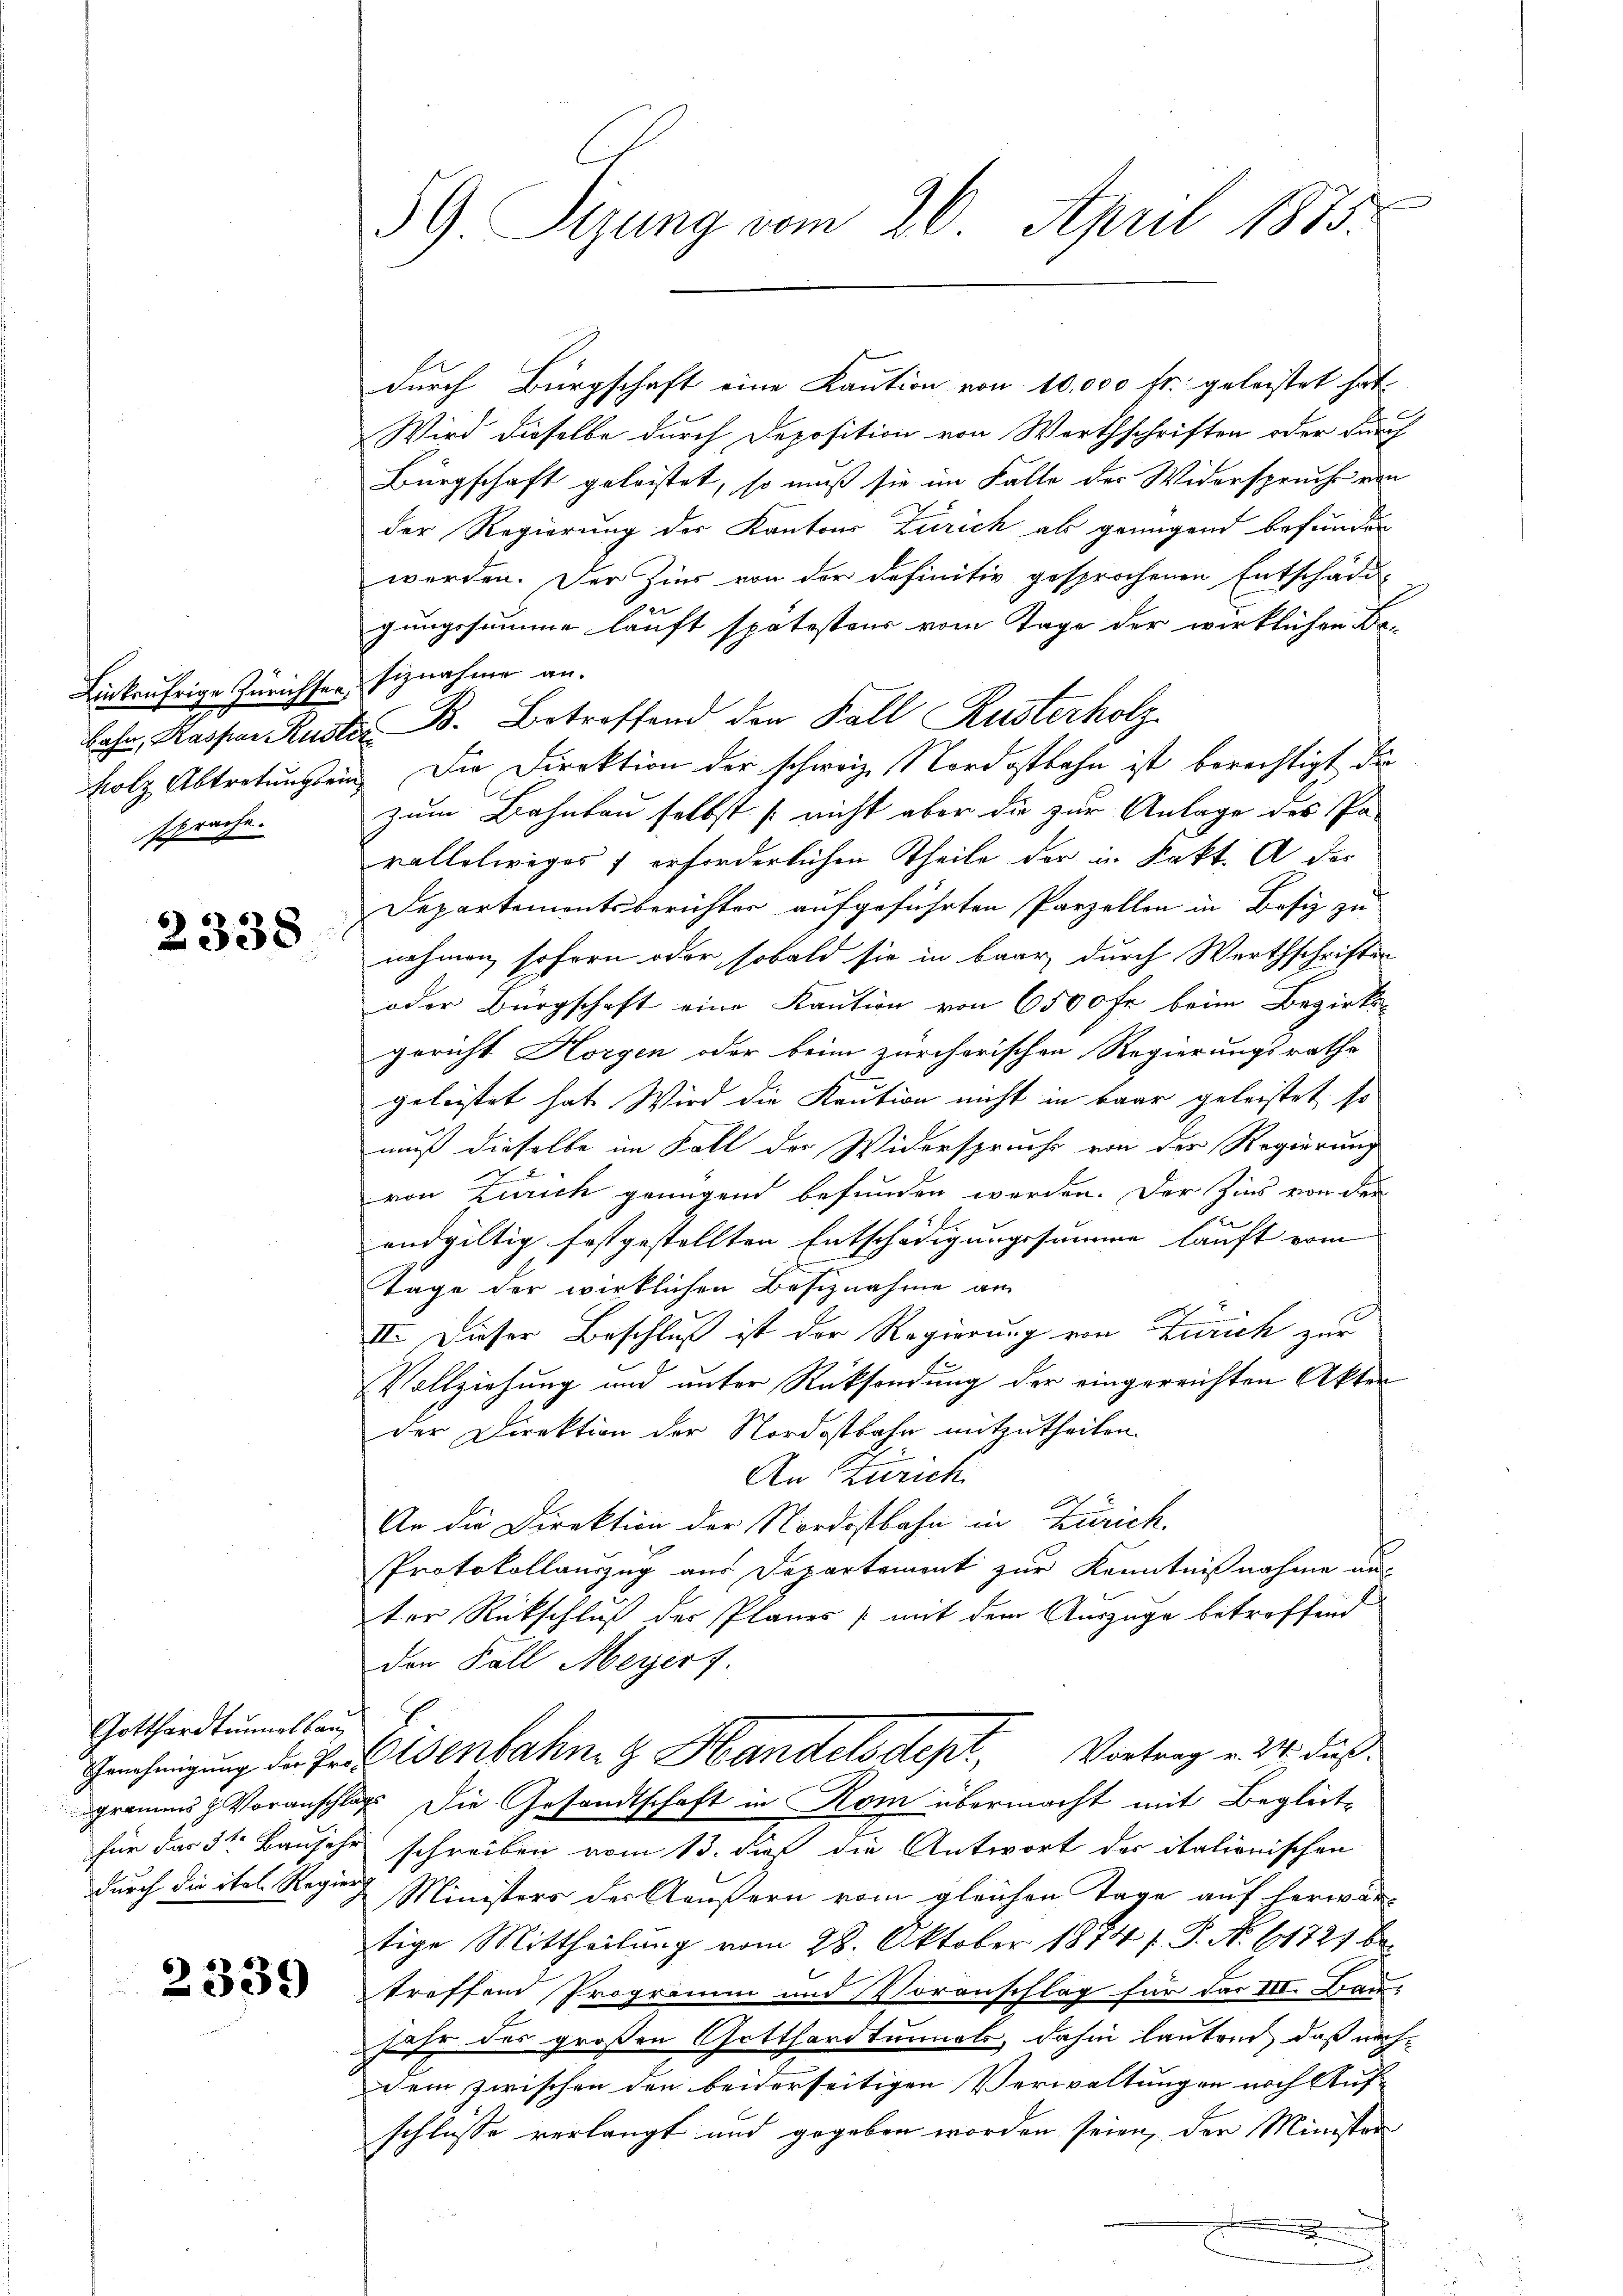
Linkaufrige Zürichten Siznahme an.
bahn, Kaspar Rusti
sprache.

2338

Gotthardtunnelbau

2339

59 Sizung vom 20. April 1875.

durch Bürgschaft eine Kaution von 10,000 fr. geleistet hat
Wird dieselbe durch Deposition von Werthschriften oder durch
Bürgschaft geleistet, so muß sie im Falle der Widerspruche von
der Regierung der Kantons Zürich als genügend befunden
werden. Der Zins von der definitiv gesprochenen Entschädi-
gungssumme lauft spätesteur vom Tage der wirklichen Do¬
B. Betreffend den Fall Rusterholz
E
holz Abtretungsein. Die Direktion der schweiz. Nordostbahn ist berechtigt die
zum Bahnbau selbst nicht aber die zur Anlage des Pavallelweges 1 erforderlichen Theile der in Kakt. A der
Departemontsberichter aufgeführten Parzellen in Besiz zu
nahmen, sofern oder sobald sie in baar durch Werthschriften
oder Bürgschaft eine Kaution von 6500 fr beim Bezirks-
gericht Horgen oder beim zürcherischen Regierungsrathe
d
geleitet hat. Wird die Kaution nicht in baar geleistet, so
muß dieselbe im Fall der Widerspruche von der Regierung
von Zürich genügend befunden werden. Der Zins von der
n
endgültig festgestellten Entschädigungssumme lauft vom
Tage der wirklichen Besiznahme am
x
III. Dieser Beschluß ist der Regierung von Zürich zur
Vollziehung und unter Rücksendung der eingereichten Akten
der Direktion der Nordostbahn mitzutheilen.
An Zürich
An die Direktion der Nordostbahn in Zürich.
Protokollauszug aus Departement zur Kenntnißnahme aus
ter Rückschluß des Planes (mit dem Auszüge betreffend
den Fall Meyers.
Genehmigung der Prof. Wenbahn & Handelsdept, Vortrag v. M. dießgramms z Voranschlag die Gesandtschaft in Rom übermacht mit Begleitfür das 3te Bau sehr schreiben vom 13. dieß die Antwort der italionischen
durch die ital. Regier Ministers der Aeußern vom gleichen Tage auf herwärtige Mittheilung vom 28. Oktober 1874 s. S. No. 61721 be
treffend Programm und Voranschlag für das III. Traujahr des großen Gotthardtunnels, dahin lautend, daß nachdem zwischen den beiderseitigen Verwaltungen noch Auf-
schlüsse verlangt und gegeben worden seien, der Minister